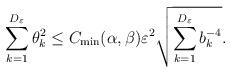
LaTeX: \begin{align*}\sum_{k=1}^{D_\varepsilon} \theta_k^2\leq C_{\min}(\alpha,\beta) \varepsilon^2\sqrt{\sum_{k=1}^{D_\varepsilon} b_k^{-4}}.\end{align*}